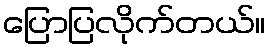
ပြောပြလိုက်တယ်။